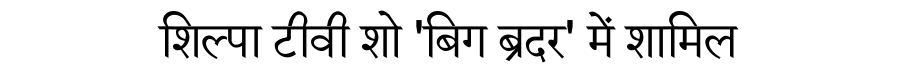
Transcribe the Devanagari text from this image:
शिल्पा टीवी शो 'बिग ब्रदर' में शामिल